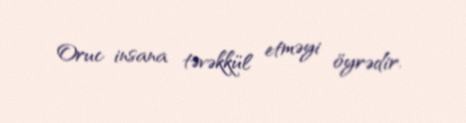
Oruc insana təvəkkül etməyi öyrədir.